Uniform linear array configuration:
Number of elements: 4
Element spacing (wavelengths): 0.75
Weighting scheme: uniform
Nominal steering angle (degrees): -30
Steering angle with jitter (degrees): -29.265
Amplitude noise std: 0.05
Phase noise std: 0.05

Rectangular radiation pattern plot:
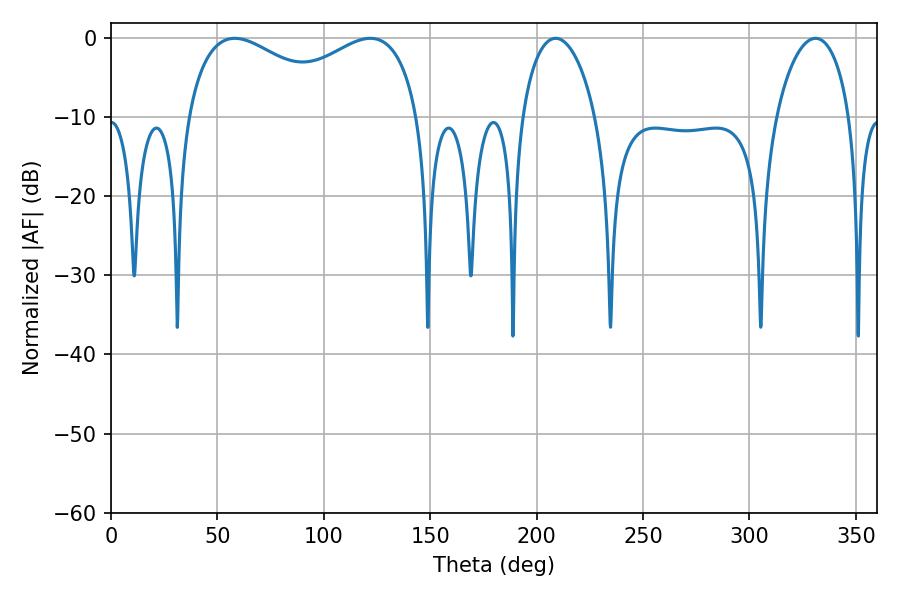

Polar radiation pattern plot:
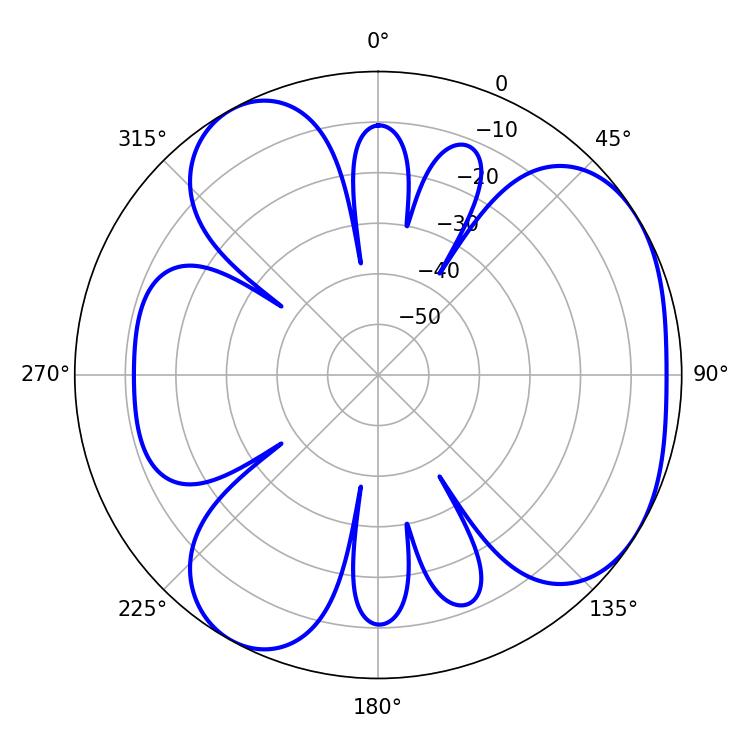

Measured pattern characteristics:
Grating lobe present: TRUE
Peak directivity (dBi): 4.484
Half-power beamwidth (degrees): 91.08
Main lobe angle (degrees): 58.14